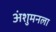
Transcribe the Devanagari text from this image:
अंशुमनला